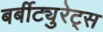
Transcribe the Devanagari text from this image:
बर्बीट्युरेट्स